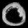
Digit: ၀